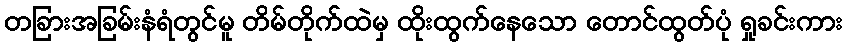
တခြားအခြမ်းနံရံတွင်မူ တိမ်တိုက်ထဲမှ ထိုးထွက်နေသော တောင်ထွတ်ပုံ ရှုခင်းကား